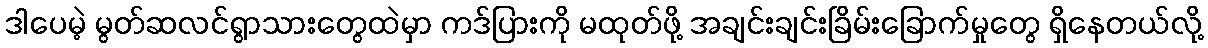
ဒါပေမဲ့ မွတ်ဆလင်ရွာသားတွေထဲမှာ ကဒ်ပြားကို မထုတ်ဖို့ အချင်းချင်းခြိမ်းခြောက်မှုတွေ ရှိနေတယ်လို့